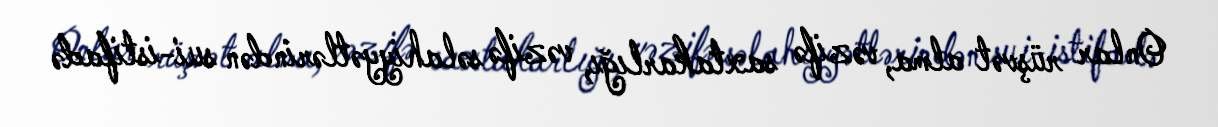
Onlar rüşvət alma, vəzifə saxtakarlığı, vəzifə səlahiyyətlərindən sui-istifadə